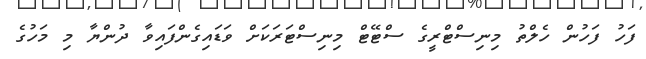
ފަހު ފަހުން ހެލްތު މިނިސްޓްރީގެ ސްޓޭޓް މިނިސްޓަރަކަށް ވަޑައިގެންފައިވާ ދުންޔާ މި މަހުގެ